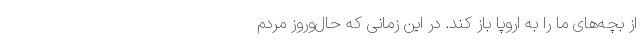
از بچه‌های ما را به اروپا باز کند. در این زمانی که حال‌و‌روز مردم